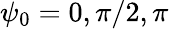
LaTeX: \psi_{0}=0,\pi/2,\pi